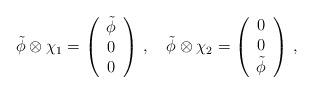
LaTeX: \begin{align*}\tilde \phi \otimes \chi_1 = \left(\begin{array}{c}\tilde \phi \\0 \\0\end{array}\right) \, , \quad\tilde \phi \otimes \chi_2 = \left(\begin{array}{c}0 \\0 \\\tilde \phi \end{array}\right) \, ,\end{align*}